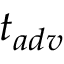
t _ { a d v }